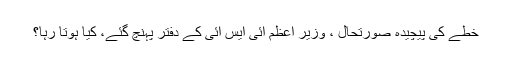
خطے کی پیچیدہ صورتحال ، وزیر اعظم آئی ایس آئی کے دفتر پہنچ گئے، کیا ہوتا رہا؟